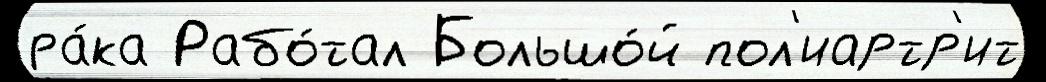
ра́ка Рабо́тал Большо́й пол'иартр'ит